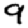
Digit: 9